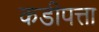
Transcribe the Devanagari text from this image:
कडीपत्ता